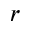
r